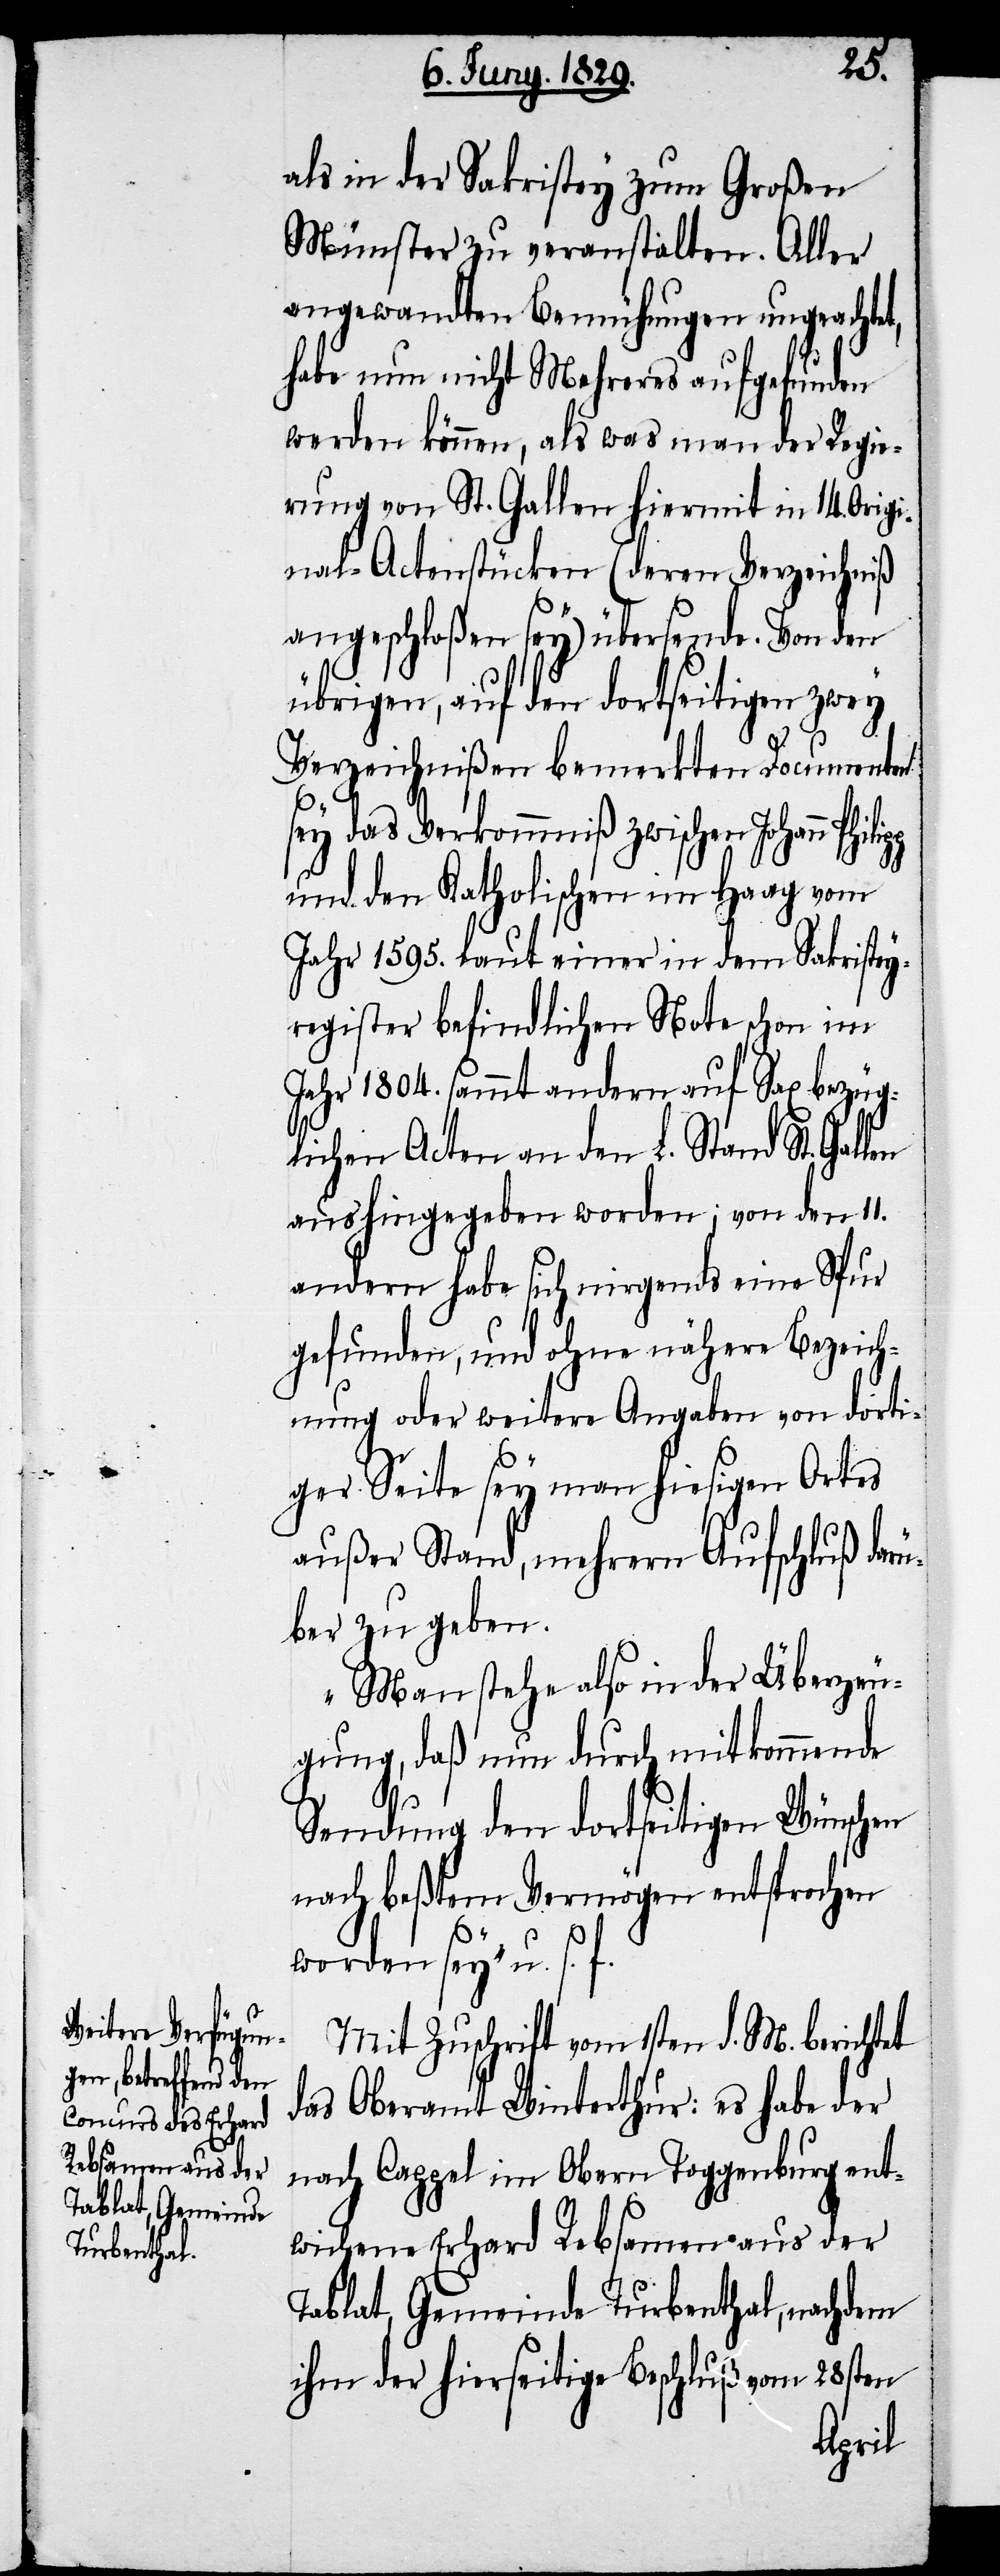
len
als in der Sakristey zum Großen
Münster zu veranstalten. Aller
angewandten Bemühungen ungeachtet,
habe nun nicht Mehreres aufgefunden
werden können, als was man der Regie¬
rung von St. Gallen hiermit in 14. Origi¬
nal-Actenstücken (deren Verzeichniß
angeschloßen sey) übersende. Von den
übrigen, auf den dortseitigen zwey
Verzeichnißen bemerkten Documenten
sey das Verkommniß zwischen Johann
und den Katholischen im Haag vom
Jahr 1595. laut einer in dem Sakristey¬
register befindlichen Note schon im
Jahr 1804. sammt andern auf Sax bezüg¬
lichen Acten an den L. Stand St. Gal¬
aushingegeben worden; von den 11.
andern habe sich nirgends eine Spur
gefunden, und ohne nähere Bezeich¬
nung oder weitere Angabe von dorti¬
ger Seite sey man hiesigen Ortes
außer Stand, mehrern Aufschluß darü¬
ber zu geben.
Man stehe also in der Überzeu¬
gung, daß nun durch mitkommende
Sendung den dortseitigen Wünschen
nach beßtem Vermögen entsprochen
worden sey“ u. s. f.
Mit Zuschrift vom 1sten d. M. berichtet
das Oberamt Winterthur: es habe der
nach Cappel im Obern Toggenburg ent¬
wichene Erhard Rebsamen aus der
Tablat, Gemeinde Turbenthal, nachdem
ihm der hierseitige Beschluß vom 28sten